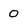
Character: O